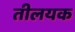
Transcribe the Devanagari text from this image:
तीलयक